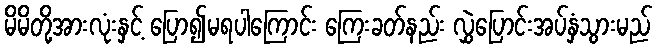
မိမိတို့အားလုံးနှင့် ပြော၍မရပါကြောင်း ကြေးခတ်နည်း လွှဲပြောင်းအပ်နှံသွားမည်